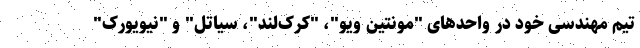
تیم مهندسی خود در واحدهای "مونتین ویو"، "کرک‌لند"، سیاتل" و "نیویورک"